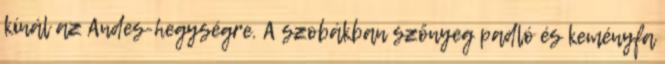
kínál az Andes-hegységre. A szobákban szőnyeg padló és keményfa